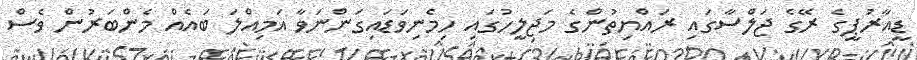
ޑީއާރުޕީގެ ރޭގެ ޖަލްސާގައި ރައްޔިތުންގެ މަޖިލީހުގައި ހިމެނިވަޑައިގަންނަވާ އަމިއްލަ ބައެއް މެންބަރުން ވެސް